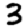
Digit: 3